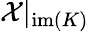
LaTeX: \mathcal{X}\vert_{\mathrm{im}(K)}